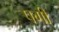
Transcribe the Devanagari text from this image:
पगी